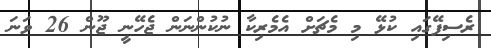
ރެސިފޭގައި ކުޅޭ މި މެޗަށް އެމެރިކާ ނުކުންނަން ޖެހޭނީ ޖޫން 26 ވަނަ